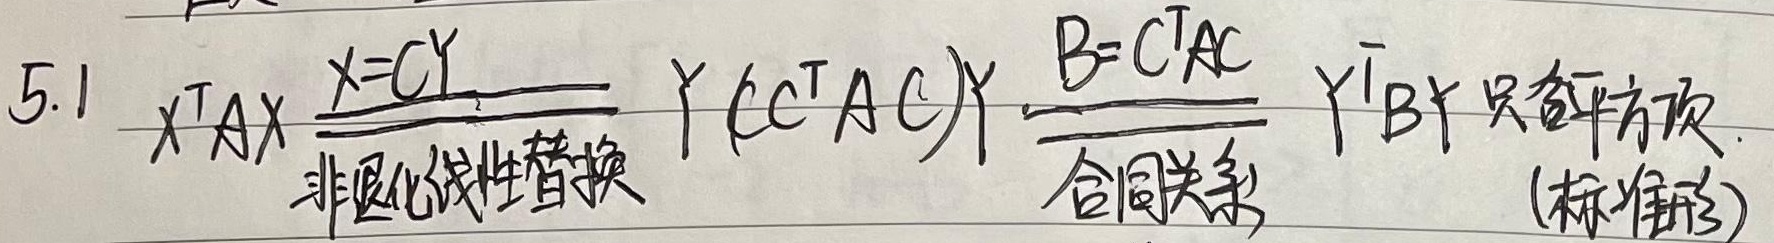
5.1 \(x^{T}Ax \underset{\text{非退化线性替换}}{\overset{x = Cy}{=\!=\!=}} y^{T}(C^{T}AC)y \underset{\text{合同关系}}{\overset{B = C^{T}AC}{=\!=\!=}} y^{T}By\) （只有平方项（标准形））